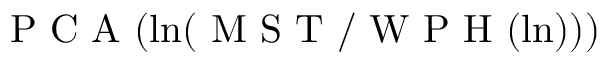
\mathrm { ~ P ~ C ~ A ~ } ( \ln ( \mathrm { ~ M ~ S ~ T ~ / ~ W ~ P ~ H ~ } ( \ln ) ) )